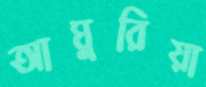
আঘুরিয়া